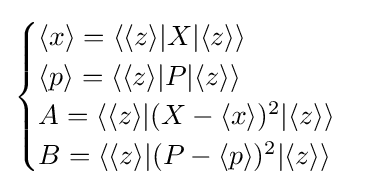
{\begin{cases}\langle x\rangle =\langle \langle z\rangle |X|\langle z\rangle \rangle \\\langle p\rangle =\langle \langle z\rangle |P|\langle z\rangle \rangle \\A=\langle \langle z\rangle |(X-\langle x\rangle )^{2}|\langle z\rangle \rangle \\B=\langle \langle z\rangle |(P-\langle p\rangle )^{2}|\langle z\rangle \rangle \end{cases}}